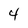
Character: 4